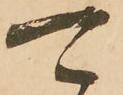
可